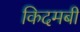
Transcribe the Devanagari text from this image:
किदमबी